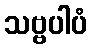
သဗ္ဗပါပံ